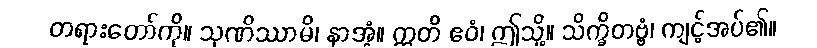
တရားတော်ကို။ သုဏိဿာမိ၊ နာအံ့။ ဣတိ ဧဝံ၊ ဤသို့။ သိက္ခိတဗ္ဗံ၊ ကျင့်အပ်၏။